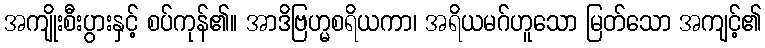
အကျိုးစီးပွားနှင့် စပ်ကုန်၏။ အာဒိဗြဟ္မစရိယကာ၊ အရိယမဂ်ဟူသော မြတ်သော အကျင့်၏